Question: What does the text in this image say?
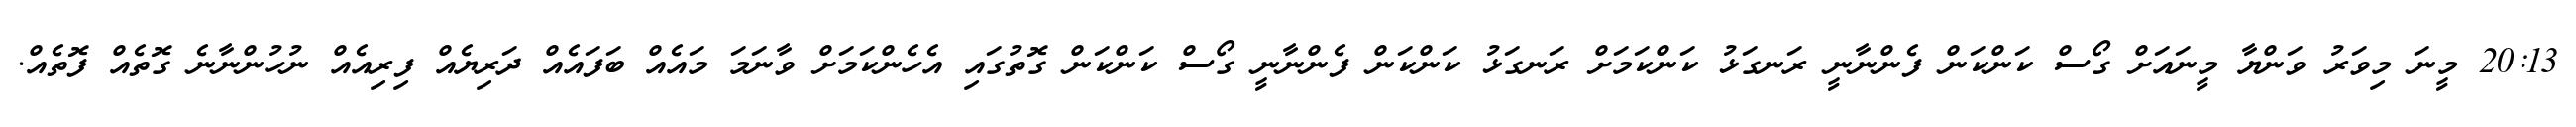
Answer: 20:13 މީނަ މިވަރު ވަންޔާ މީނައަށް ގޯސް ކަންކަން ފެންނާނީ ރަނގަޅު ކަންކަމަށް ރަނގަޅު ކަންކަން ފެންނާނީ ގޯސް ކަންކަން ގޮތުގައި އެހެންކަމަށް ވާނަމަ މައެއް ބަފައެއް ދަރިޔެއް ފިރިއެއް ނުހުންނާނެ ގޮތެއް ފޮތެއް.